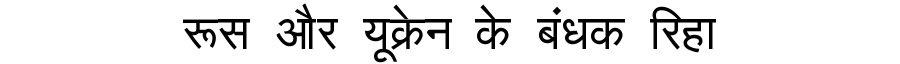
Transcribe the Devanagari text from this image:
रूस और यूक्रेन के बंधक रिहा